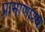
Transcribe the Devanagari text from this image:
प्रामाणाश्य